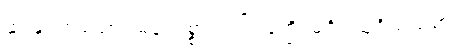
နွားနှင့်တူသော။ ဓနံ၊ ဥစ္စာသည်။ နတ္ထိ၊ မရှိ။ သူရိယသမာ၊